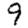
Digit: 9